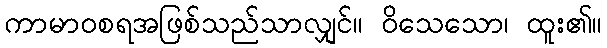
ကာမာဝစရအဖြစ်သည်သာလျှင်။ ဝိသေသော၊ ထူး၏။